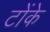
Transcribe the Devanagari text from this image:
टोंके